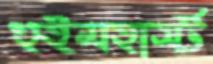
হুইমহার্স্ট